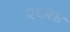
૨૬૨૪